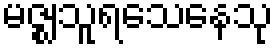
မဇ္ဈသူရသေနေသု